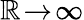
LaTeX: \mathbb{R}\! \rightarrow\! \infty